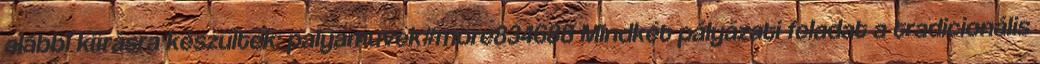
alábbi kiírásra készültek: palyamuvek#more834688 Mindkét pályázati feladat a tradicionális